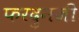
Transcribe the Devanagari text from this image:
फरदुनजी